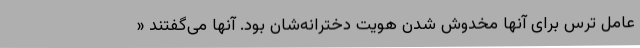
عامل ترس برای آنها مخدوش شدن هویت دخترانه‌شان بود. آنها می‌گفتند «